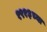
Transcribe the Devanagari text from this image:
१९१३च्या